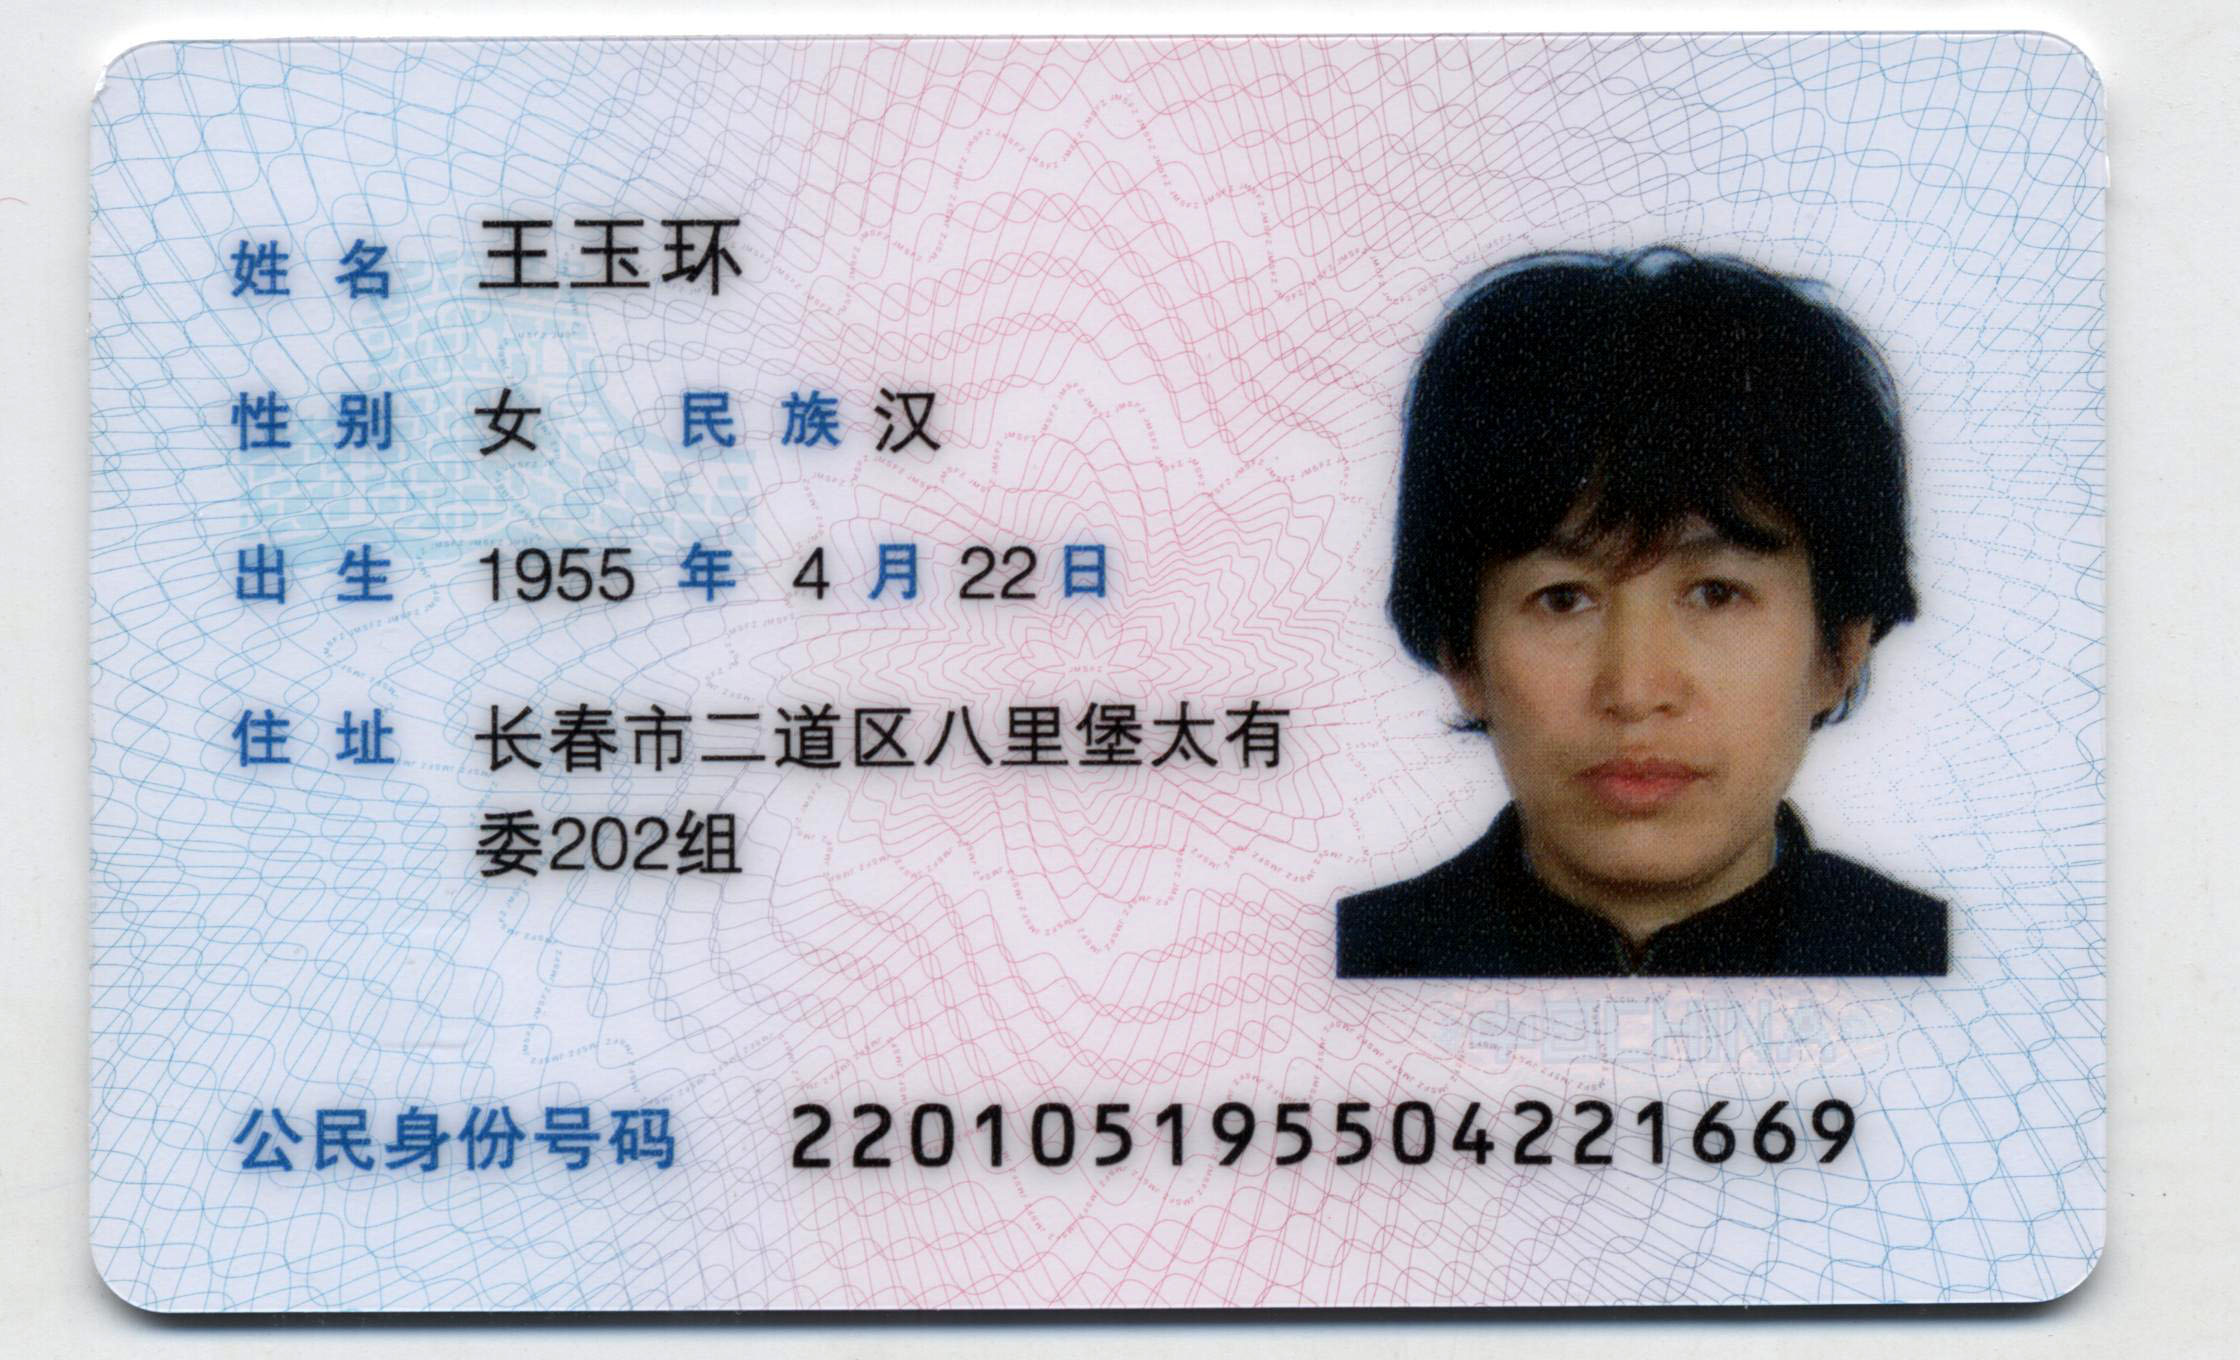
Language: zh